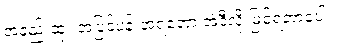
အနည်းဆုံး အပြင်ပန်းအရတော့ အဲဒီလို မြင်ရတာပေါ့။